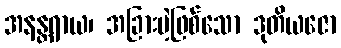
အနန္တရာယ၊ အခြားမဲ့ဖြစ်သော ဒုတိယဇော